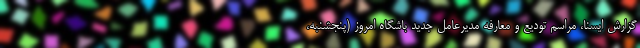
گزارش ایسنا، مراسم تودیع و معارفه مدیرعامل جدید باشگاه امروز (پنجشنبه،